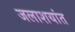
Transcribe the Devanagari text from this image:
जलाशयांत